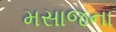
મસાજના